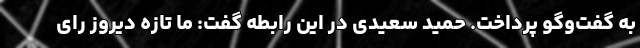
به گفت‌وگو پرداخت. حمید سعیدی در این رابطه گفت: ما تازه دیروز رای